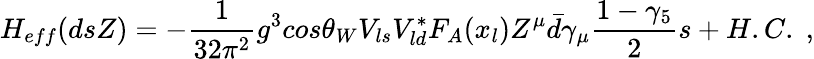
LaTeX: H_{eff}(dsZ)=-{\frac{1}{32\pi^{2}}}g^{3}cos\theta_{W}V_{ls}V_{ld}^{*}F_{A}(x_{l})Z^{\mu}\bar{d}\gamma_{\mu}{\frac{1-\gamma_{5}}{2}}s+H.C.\; ,